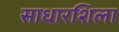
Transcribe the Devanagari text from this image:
साधारशिला